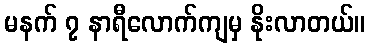
မနက် ၇ နာရီလောက်ကျမှ နိုးလာတယ်။